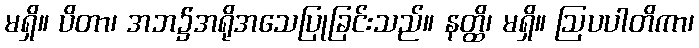
မရှိ။ ပိတာ၊ အဘ၌အရိုအသေပြုခြင်းသည်။ နတ္ထိ၊ မရှိ။ ဩပပါတိကာ၊